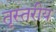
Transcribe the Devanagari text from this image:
तृस्तरीय